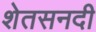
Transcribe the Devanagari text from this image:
शेतसनदी